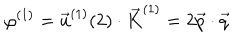
\varphi ^ { ( 1 ) } = \vec { u } ^ { ( 1 ) } ( 2 ) \cdot \vec { K } ^ { ( 1 ) } = 2 \vec { p } \cdot \vec { q }